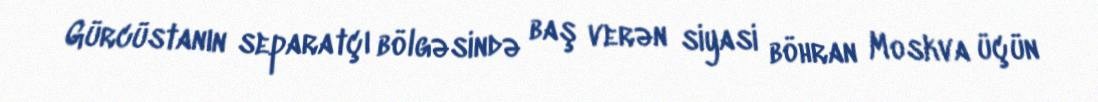
Gürcüstanın separatçı bölgəsində baş verən siyasi böhran Moskva üçün